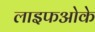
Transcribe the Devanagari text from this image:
लाइफओके